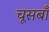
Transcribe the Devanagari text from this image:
चूसबाँ